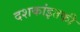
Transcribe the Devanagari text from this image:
दशकांइतकी